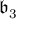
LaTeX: { \mathfrak { b } } _ { 3 }